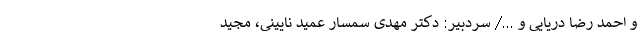
و احمد رضا دریایی و .../ سردبیر: دکتر مهدی سمسار عمید نایینی، مجید